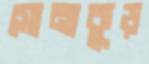
সোনাকুড়